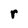
Character: r